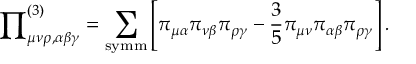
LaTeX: { \prod } _ { \mu \nu \rho , \alpha \beta \gamma } ^ { ( 3 ) } = \sum _ { \mathrm { s y m m } } \left[ \pi _ { \mu \alpha } \pi _ { \nu \beta } \pi _ { \rho \gamma } - \frac { 3 } { 5 } \pi _ { \mu \nu } \pi _ { \alpha \beta } \pi _ { \rho \gamma } \right] .